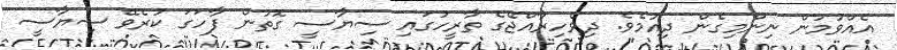
އެއްވުމުން ނިންމިގެން ދިއުމެވެ. ދިވެހިރާއްޖޭގެ ތާރީހުގައި ސިޔާސީ ގޮތުން ފާހަގަ ކުރެވޭ ސިޔާސީ